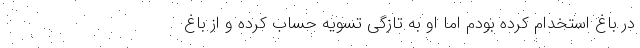
در باغ استخدام کرده بودم اما او به تازگی تسویه حساب کرده و از باغ